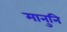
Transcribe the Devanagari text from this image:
मानुनि